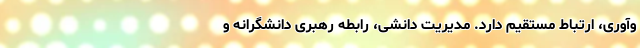
وآوری، ارتباط مستقیم دارد. مدیریت دانشی، رابطه رهبری دانشگرانه و